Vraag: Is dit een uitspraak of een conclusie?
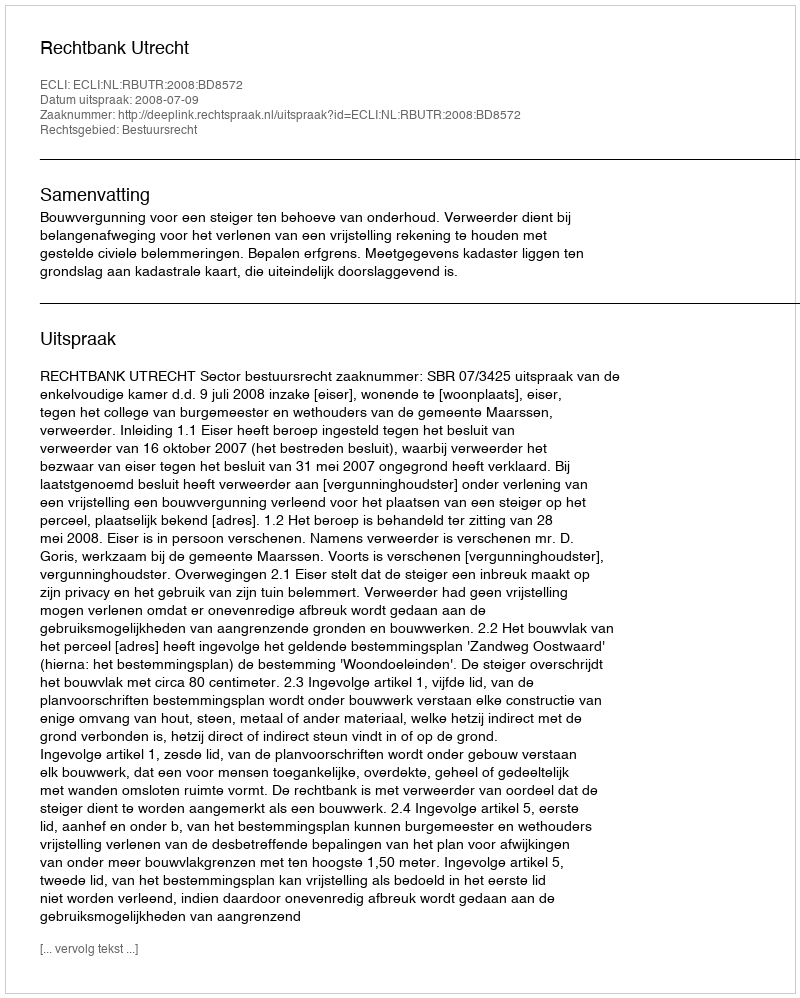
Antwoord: Uitspraak